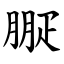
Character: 㽰